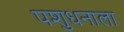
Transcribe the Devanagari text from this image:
पशुधनाला